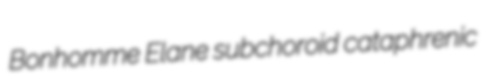
Bonhomme Elane subchoroid cataphrenic